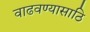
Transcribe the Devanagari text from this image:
वाढवण्यासाठि